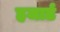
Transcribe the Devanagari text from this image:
हजार्ड